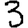
Digit: 3